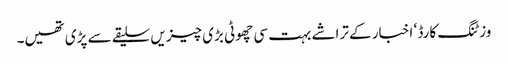
وزٹنگ کارڈ ‘ اخبار کے تراشے بہت سی چھوٹی بڑی چیزیں سلیقے سے پڑی تھیں۔